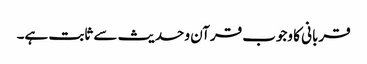
قربانی کا وجوب قرآن و حدیث سے ثابت ہے۔